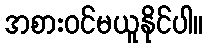
အစားဝင်မယူနိုင်ပါ။